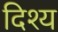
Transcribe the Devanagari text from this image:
दिश्य